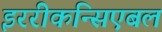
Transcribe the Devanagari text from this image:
इररीकन्सिएबल